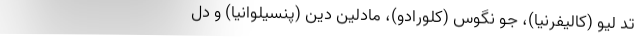
تد لیو (کالیفرنیا)، جو نگوس (کلورادو)، مادلین دین (پنسیلوانیا) و دل